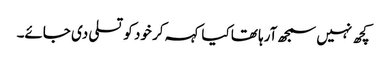
کچھ نہیں سمجھ آرہا تھا کیا کہہ کر خود کو تسلی دی جائے۔